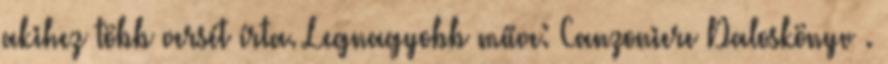
akihez több versét írta. Legnagyobb műve: Canzoniere Daloskönyv .